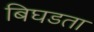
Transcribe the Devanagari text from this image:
बिघडता